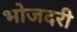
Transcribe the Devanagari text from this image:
भोजदरी